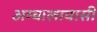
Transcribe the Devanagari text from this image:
अम्बालावासी